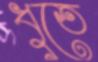
ধুতে